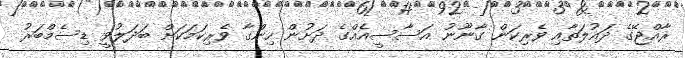
ރާއްޖޭގެ ދައުލަތާއި ވެރިކަން ގާނޫނު އަސާސީއެއްގެ ދަށުން ހިންގާ ވެރިކަމަކަށް ބަދަލުވީ ޑިސެމްބަރު